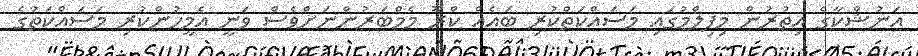
އަނުޝްކާގެ އިތުރުން މިފިލްމުގައި މަސައްކަތްކުރި ބައެއް ކްރޫ މެމްބަރުންނަށްވެސް ވަނީ އެމީހުންކުރި މަސައްކަތުގެ